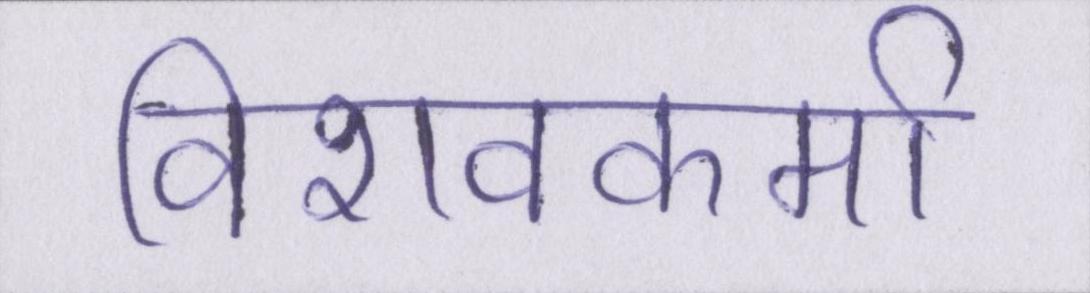
विशवकर्मा